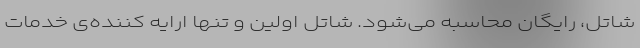
شاتل، رایگان محاسبه می‌شود. شاتل اولین و تنها ارایه کننده‌ی خدمات